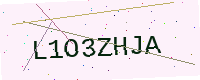
Text: L1O3ZHJA